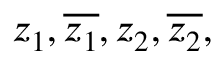
z _ { 1 } , { \overline { { z _ { 1 } } } } , z _ { 2 } , { \overline { { z _ { 2 } } } } ,